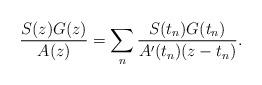
LaTeX: \begin{align*}\frac{S(z)G(z)}{A(z)} = \sum_n \frac{S(t_n)G(t_n)}{A'(t_n)(z-t_n)}.\end{align*}